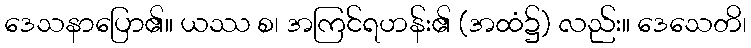
ဒေသနာပြော၏။ ယဿ စ၊ အကြင်ရဟန်း၏ (အထံ၌) လည်း။ ဒေသေတိ၊